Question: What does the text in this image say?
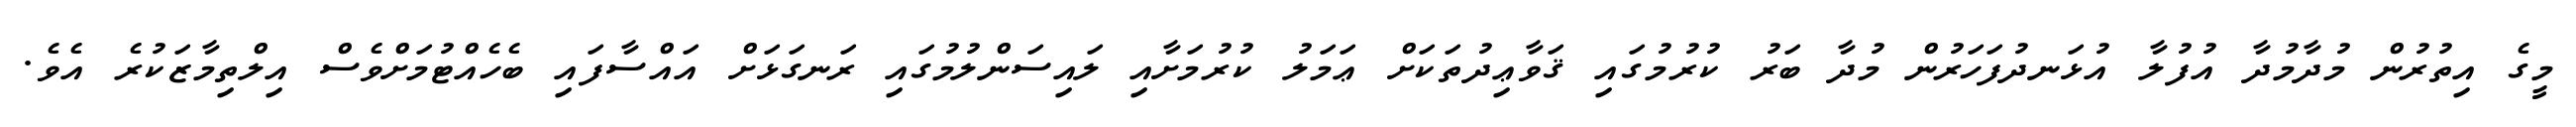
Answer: މީގެ އިތުރުން މުދާމުދާ އުފުލާ އުޅަނދުފަހަރުން މުދާ ބަރު ކުރުމުގައި ޤަވާޢިދުތަކަށް ޢަމަލު ކުރުމަށާއި ލައިސަންލުމުގައި ރަނގަޅަށް އައްސާފައި ބެހެއްޓުމަށްވެސް އިލްތިމާޒަކުރެ އެވެ.